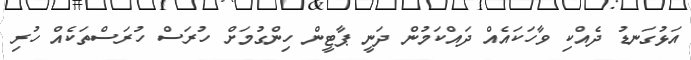
އަޅުގަނޑު ދެއްކި ވާހަކައެއް ދައްކަމުން ދަނީ ޕާޓީން ހިންގުމަށް ހުރަސް ހުރަސްތަކެއް ހުރި